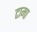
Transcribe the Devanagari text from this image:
टामा